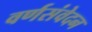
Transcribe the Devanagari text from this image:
वर्णसंवेदन